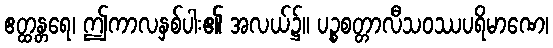
ဧတ္ထန္တရေ၊ ဤကာလနှစ်ပါး၏ အလယ်၌။ ပဉ္စစတ္တာလီသဝဿပရိမာဏေ၊